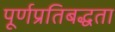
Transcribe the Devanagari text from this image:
पूर्णप्रतिबद्धता